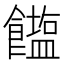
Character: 𮩒